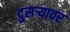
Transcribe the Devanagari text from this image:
दुसर्‍यावर